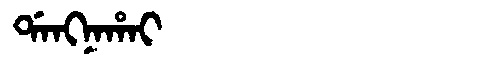
Manchu: ᡩᠠᠩᠨᠠᡥᠠᡳ
Romanization: DANGNAHAI